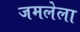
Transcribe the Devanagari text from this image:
जमलेला